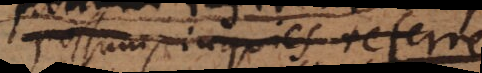
possum, inquies, referre